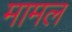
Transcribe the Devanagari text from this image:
मामल